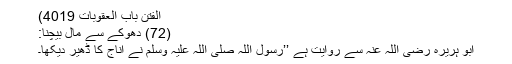
الفتن باب العقوبات 4019)
(72) دھوکے سے مال بیچنا:
ابو ہریرہ رضی اللہ عنہ سے روایت ہے ’’رسول اللہ صلی اللہ علیہ وسلم نے اناج کا ڈھیر دیکھا۔